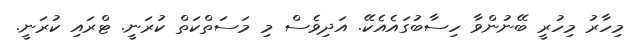
މިހާރު މިހުރީ ބޭނުންވާ ހިސާބުގައެއެކޭ. އަދިވެސް މި މަސަތްކަތް ކުރަނީ. ޓްރައި ކުރަނީ.